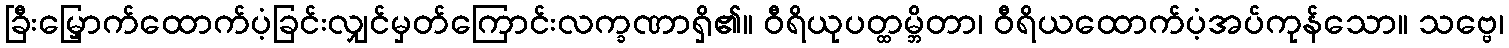
ခြီးမြှောက်ထောက်ပံ့ခြင်းလျှင်မှတ်ကြောင်းလက္ခဏာရှိ၏။ ဝီရိယုပတ္ထမ္ဘိတာ၊ ဝီရိယထောက်ပံ့အပ်ကုန်သော။ သဗ္ဗေ၊